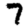
Digit: 7